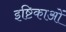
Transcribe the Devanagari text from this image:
इष्टिकाओं